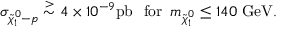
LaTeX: \sigma _ { \tilde { \chi } _ { 1 } ^ { 0 } - p } \stackrel { > } { \sim } 4 \times 1 0 ^ { - 9 } \mathrm { p b } \, \, \mathrm { ~ f o r ~ } \, m _ { \tilde { \chi } _ { 1 } ^ { 0 } } \leq 1 4 0 \mathrm { ~ G e V } .